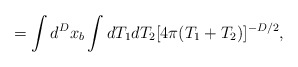
\begin{align*}=\int d^Dx_b \int dT_1 dT_2 [4\pi (T_1+T_2)]^{-D/2},\end{align*}